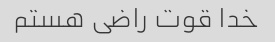
خدا قوت راضی هستم